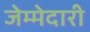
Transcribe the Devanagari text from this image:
जेम्मेदारी